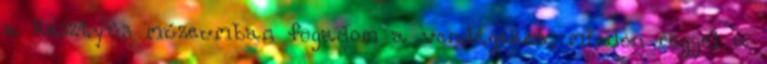
a kesztyûs múzeumban fogadom a vendégeket, minden reggel a